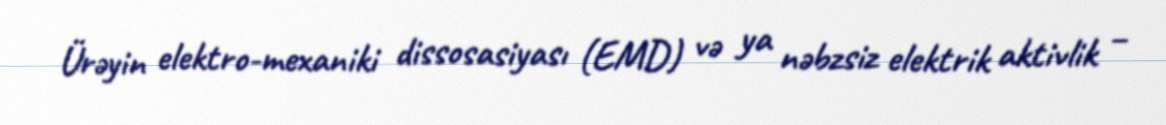
Ürəyin elektro-mexaniki dissosasiyası (EMD) və ya nəbzsiz elektrik aktivlik –